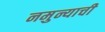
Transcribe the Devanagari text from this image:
नमुन्याची